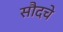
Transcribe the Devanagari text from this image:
सौदचे